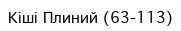
Кіші Плиний (63-113)